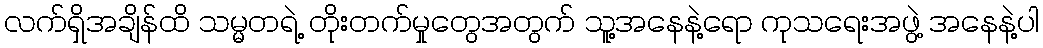
လက်ရှိအချိန်ထိ သမ္မတရဲ့ တိုးတက်မှုတွေအတွက် သူ့အနေနဲ့ရော ကုသရေးအဖွဲ့ အနေနဲ့ပါ